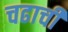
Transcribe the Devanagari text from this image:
चढाची